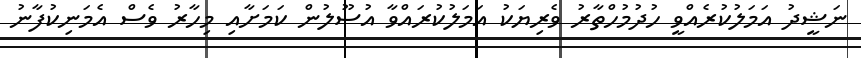
ނަޝީދު އަމަލުކުރެއްވީ ހުދުމުހްތާރު ވެރިޔަކު އަމަލުކުރައްވާ އުސޫލުން ކަމަށާއި މިހާރު ވެސް އެމަނިކުފާނު